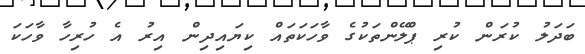
ބަދަލު ކުރަން ކުރި ޕްލޭންތަކުގެ ވާހަކަތައް ކިޔައިދިން އިރު އެ ހުރިހާ ވާހަކަ